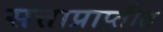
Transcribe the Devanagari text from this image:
सत्ताप्राप्तीत